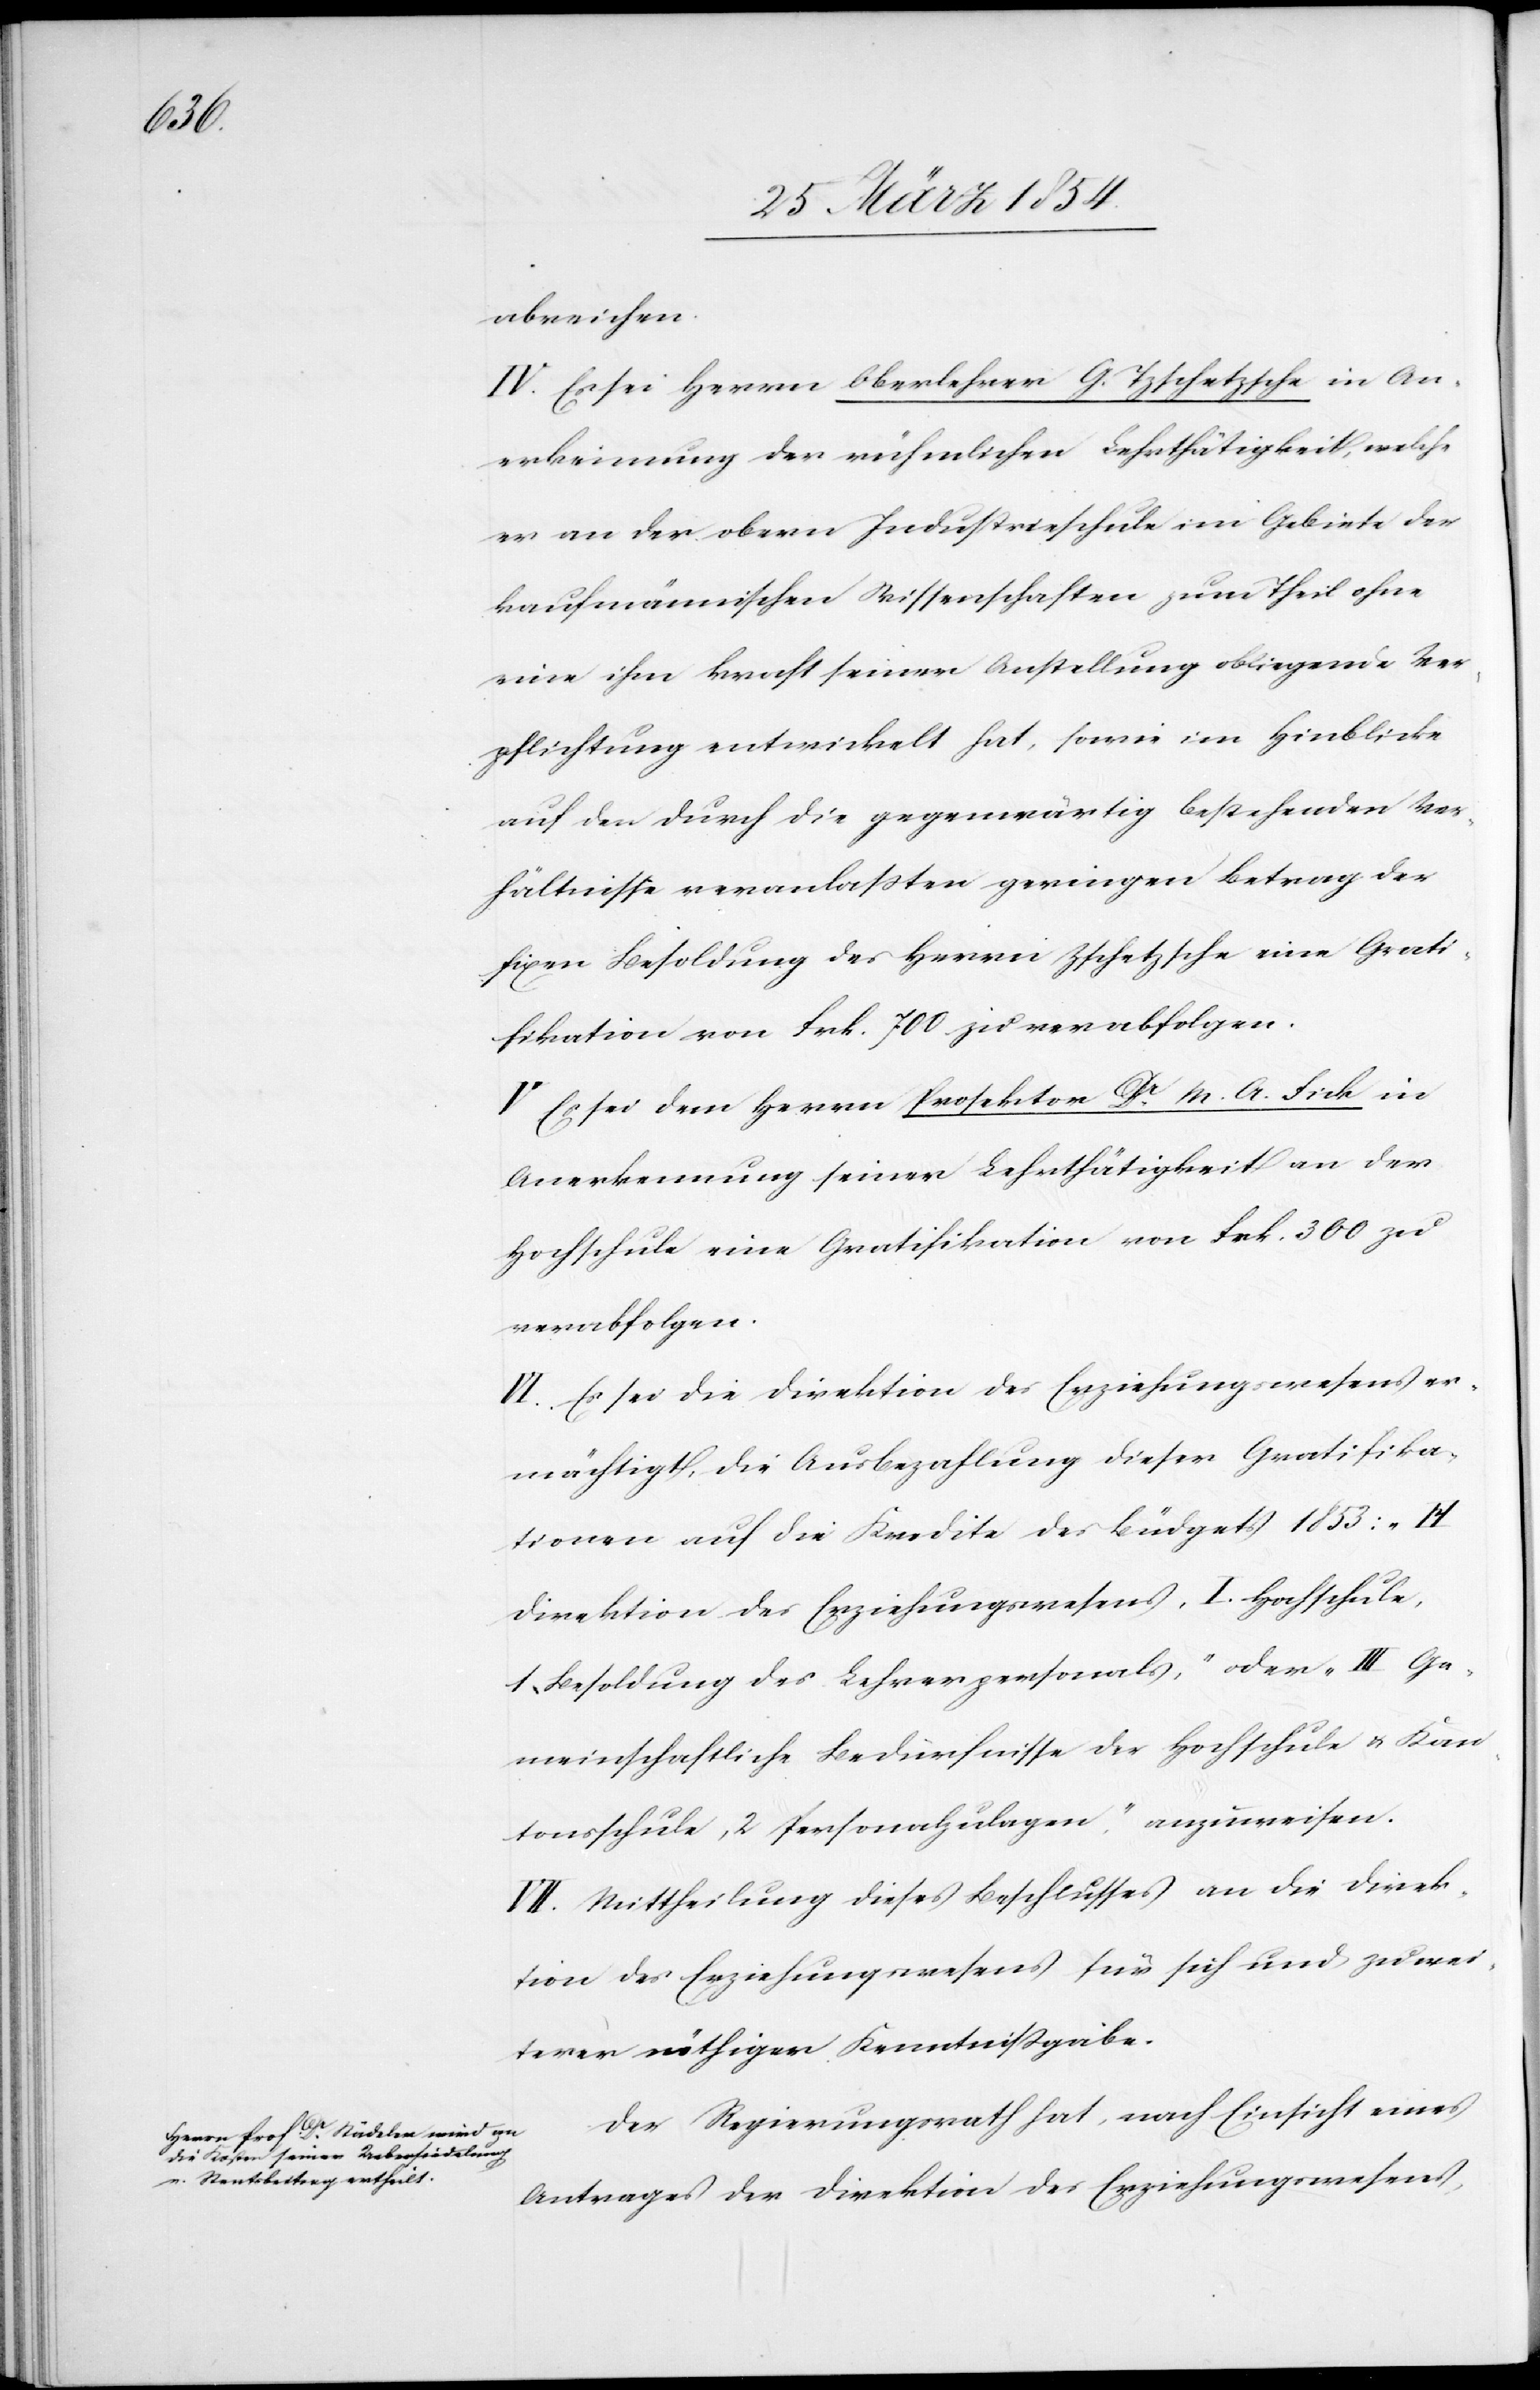
abreichen.
IV. Es sei Herrn Oberlehrer G. Izschetzsche in An¬
erkennung der rühmlichen Lehrthätigkeit, welche
er an der obern Industrieschule im Gebiete der
kaufmännischen Wissenschaften zum Theil ohne
eine ihm Kraft seiner Anstellung obliegende Ver¬
pflichtung entwickelt hat, sowie im Hinblick
auf den durch die gegenwärtig bestehenden Ver¬
hältnisse veranlaßten geringen Betrag der
fixen Besoldung des Herrn Zschetzsche [sic!] eine Grati¬
fikation von Frk. 700. zu verabfolgen.
V. Es sei dem Herrn Prorektor Dr M. A. Fick in
Anerkennung seiner Lehrthätigkeit an der
Hochschule eine Gratifikation von Frk. 300 zu
verabfolgen.
VI. Es sei die Direktion des Erziehungswesens er¬
mächtigt, die Ausbezahlung dieser Gratifika¬
tionen auf die Kredite des Büdgets 1853: „H
Direktion des Erziehungswesens, I. Hochschule,
1. Besoldung des Lehrerpersonals,“ oder „III Ge¬
meinschaftliche Bedürfnisse der Hochschule u. Kan¬
tonsschule, 2 Personalzulagen,“ auszuweisen.
VII. Mittheilung dieses Beschlusses an die Direk¬
tion des Erziehungswesens für sich und zu wei¬
terer nöthiger Kenntnißgabe.
Der Regierungsrath hat, nach Einsicht eines
Antrages der Direktion des Erziehungswesens,